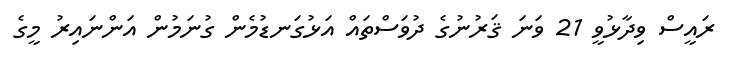
ރައީސް ވިދާޅުވީ 21 ވަނަ ޤަރުނުގެ ދުވަސްތައް އަޅުގަނޑުމެން ގުނަމުން އަންނައިރު މީގެ